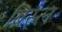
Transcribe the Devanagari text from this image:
ब्रिस्ल